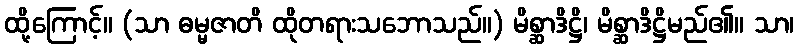
ထို့ကြောင့်။ (သာ ဓမ္မဇာတိ ထိုတရားသဘောသည်။) မိစ္ဆာဒိဋ္ဌိ၊ မိစ္ဆာဒိဋ္ဌိမည်၏။ သာ၊